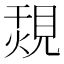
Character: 覝